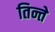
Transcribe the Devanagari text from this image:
तिन्ते